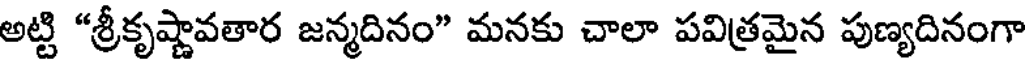
అట్టి "శ్రీకృష్ణావతార జన్మదినం" మనకు చాలా పవిత్రమైన పుణ్యదినంగా